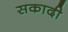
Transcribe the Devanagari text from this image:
सकादी